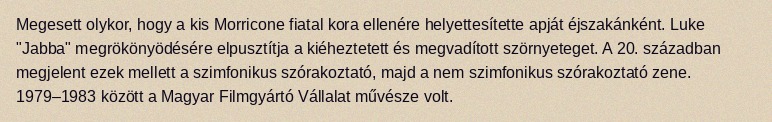
Megesett olykor, hogy a kis Morricone fiatal kora ellenére helyettesítette apját éjszakánként. Luke "Jabba" megrökönyödésére elpusztítja a kiéheztetett és megvadított szörnyeteget. A 20. században megjelent ezek mellett a szimfonikus szórakoztató, majd a nem szimfonikus szórakoztató zene. 1979–1983 között a Magyar Filmgyártó Vállalat művésze volt.